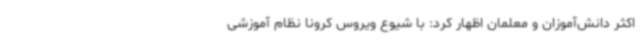
اکثر دانش‌آموزان و معلمان اظهار کرد: با شیوع ویروس کرونا نظام آموزشی